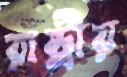
রাষ্ট্রীয়